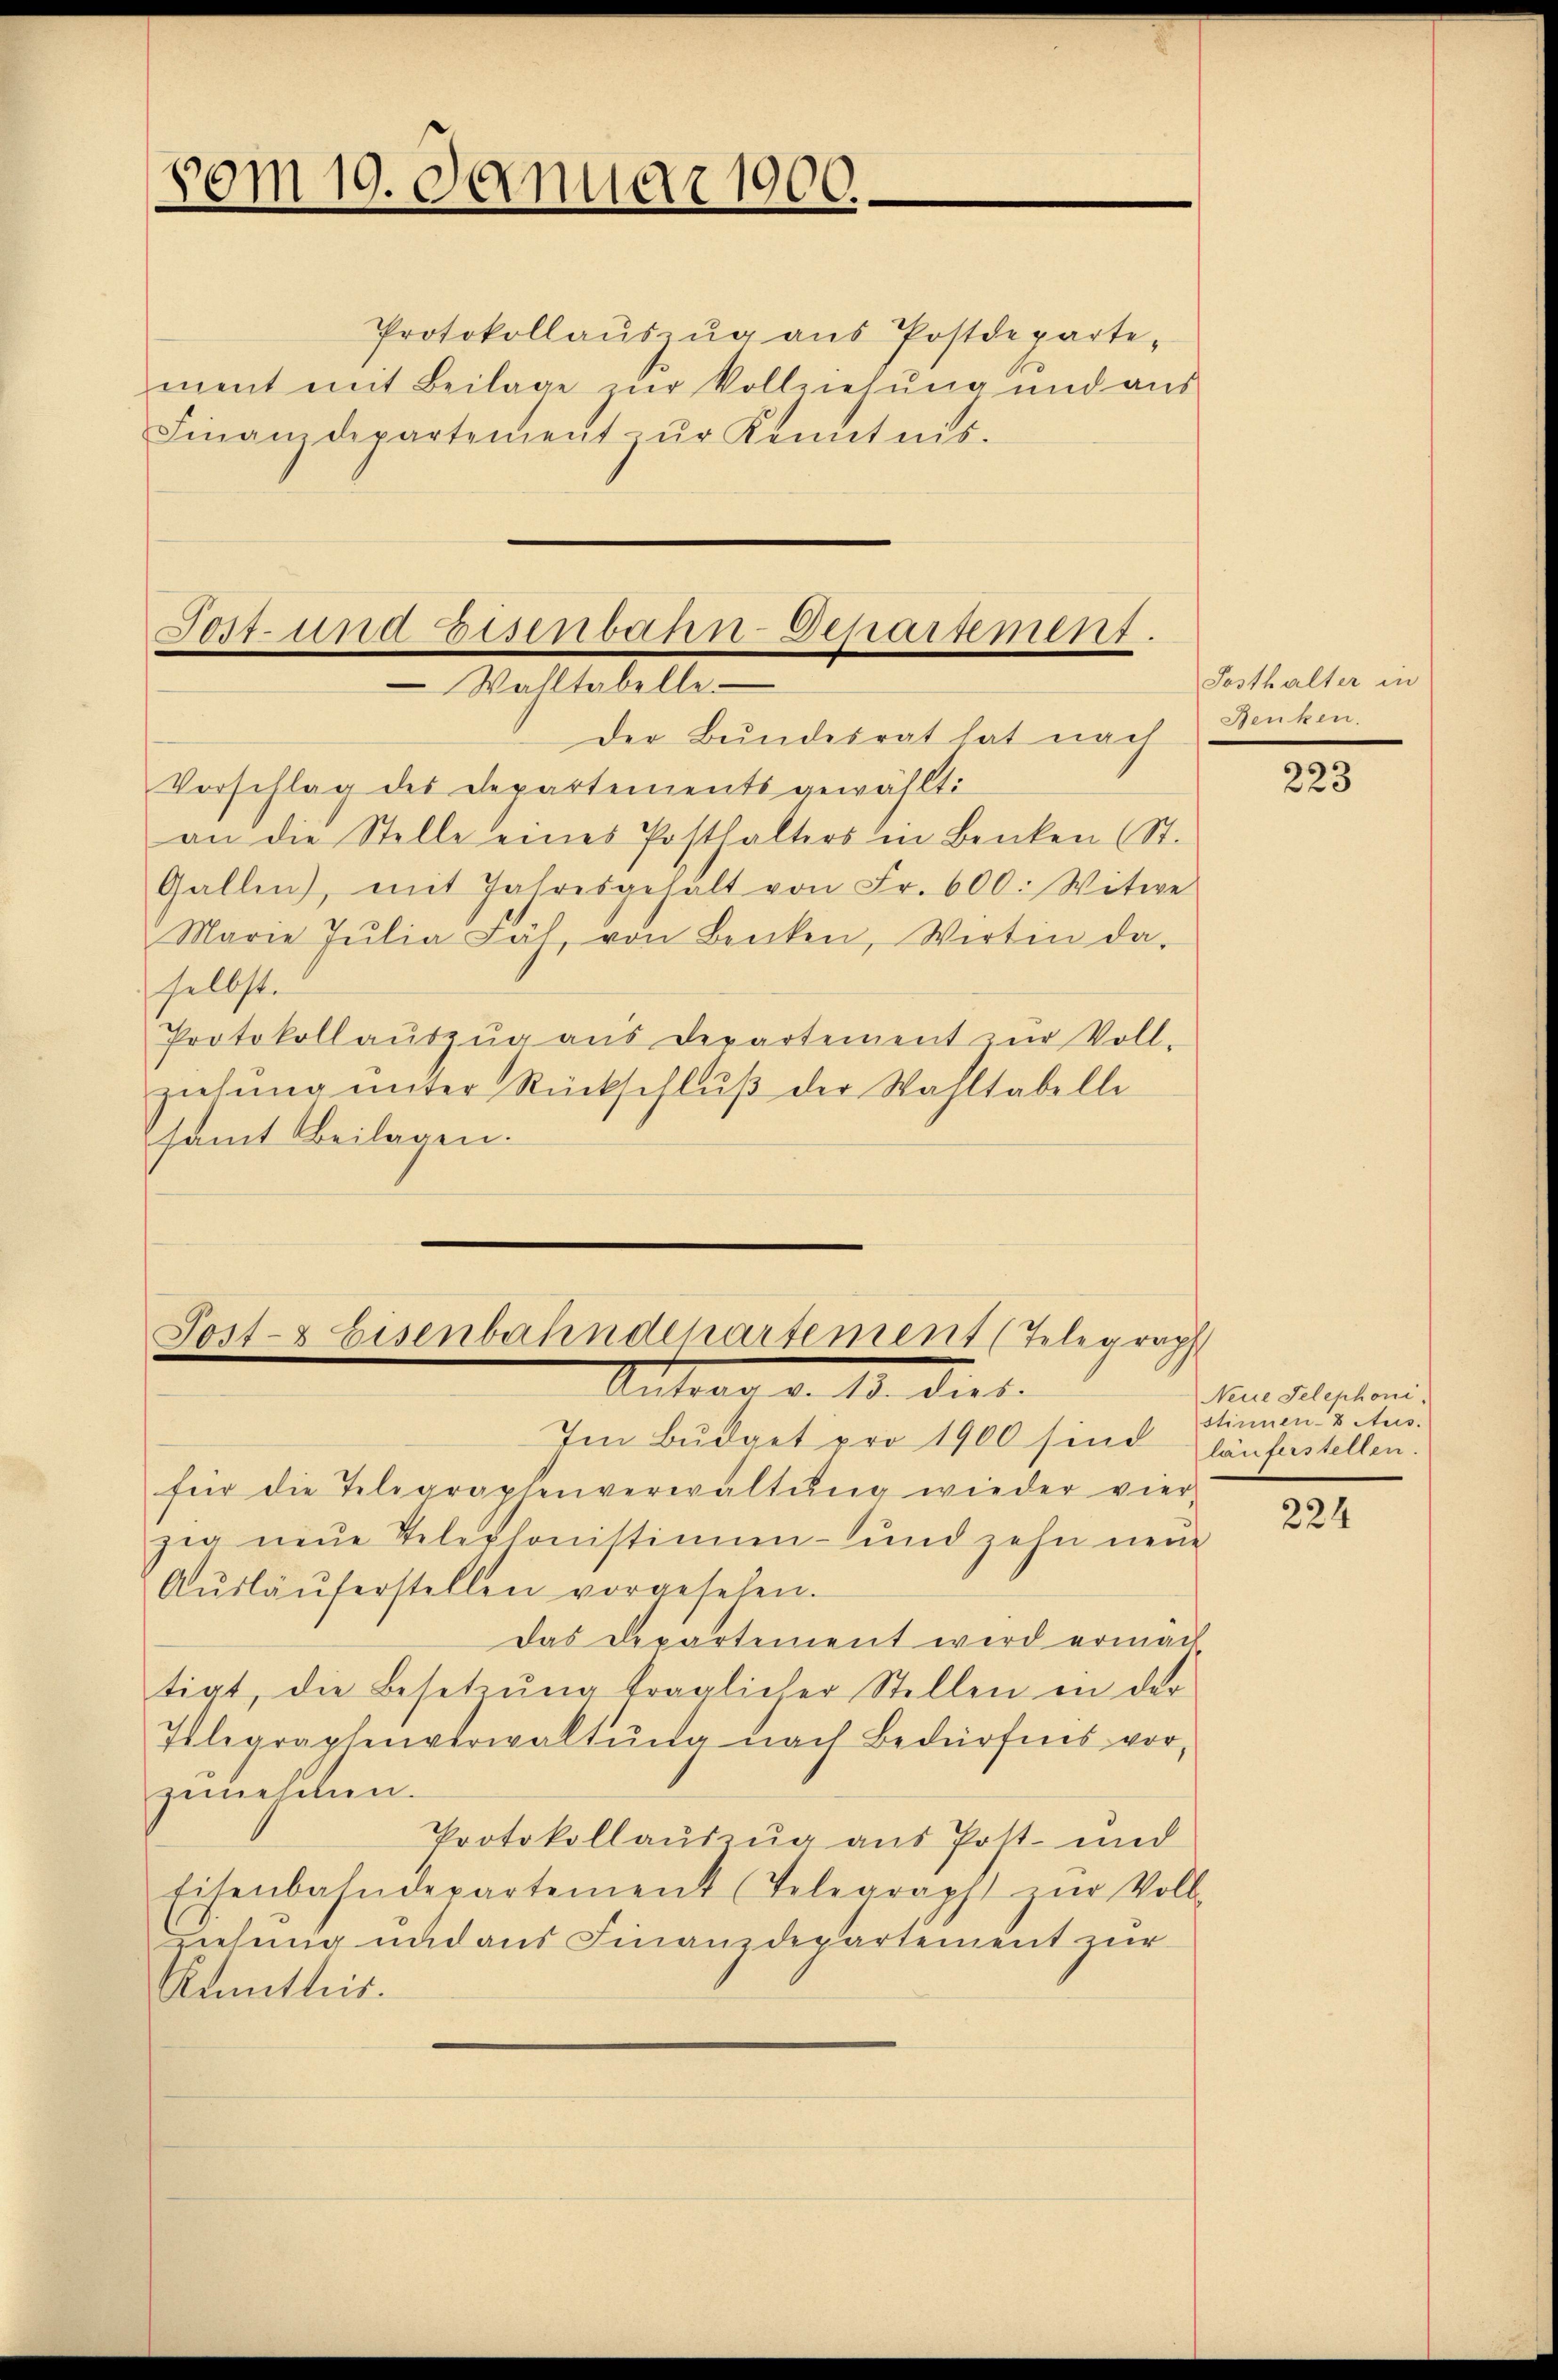
vom 19. Januar 1900.

Protokollaŭszŭg aŭs Postdeparte-
ment mit Beilage zur Vollziehung und aus
Finanzdepartementŭr Kenntnis.

Jost- und Eisenbahn-Departement.
Walltabelle
Der Bundesrat hat nach

Vorschlag des Departements gewählt:
an die Stelle eines Posthalters in Benken (St.
Gallen), mit Jahresgehalt von Fr. 600. Witwe
Marie Jŭlia Fäh, von Benken, Wirtin da-
selbst.
Protokollaŭszŭg aŭs Departement zŭr Voll-
ziehŭng ŭnter Rückschlŭβ der Wahltabelle
samt Beilagen.

Post- & Eisenbahndepartement (Telegraph
Sitter d. 10. dies.

Im Budget pro 1900 sind läuferstellen.
für die Telegraphenverwaltŭng wieder vier,
zig neŭe Telephonistinnen- und zehn neŭe
Aŭsläŭferstellen vorgesehen.
das Departement wird ermäch
tigt, die Besetzŭng träglicher Stellen in der
Telegraphenverwaltŭng nach Bedürfnis vor,
gemeschen.
Protokollauszug aus Pott- und
Eisenbahndepartement (Telegraph zŭr Voll-
nehmig und aus Finanzdepartement zur
Anmitter.

Posthalter in
Benken.

223

Neue Telephoni
stinnen-8 Aus-

224